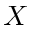
X